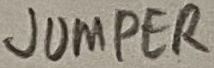
Text: JUMPER